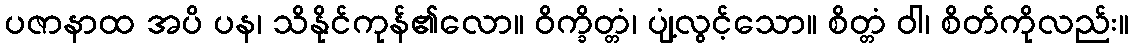
ပဇာနာထ အပိ ပန၊ သိနိုင်ကုန်၏လော။ ဝိက္ခိတ္တံ၊ ပျံ့လွင့်သော။ စိတ္တံ ဝါ၊ စိတ်ကိုလည်း။